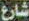
شارع